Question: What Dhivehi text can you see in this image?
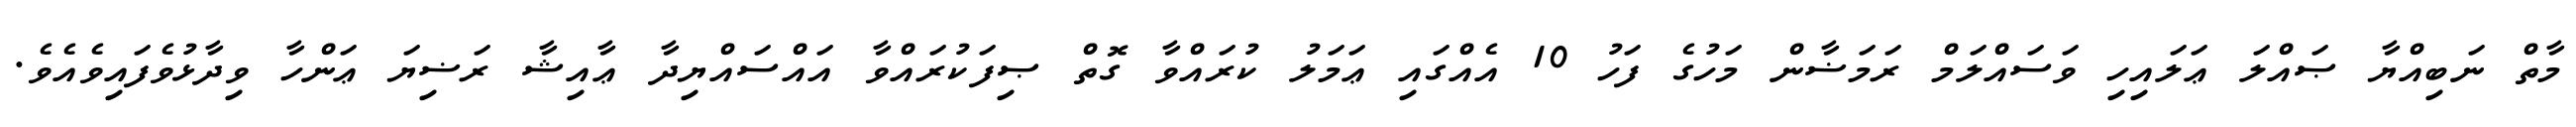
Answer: މާތް ނަބިއްޔާ ޞައްލަ ޢަލައިހި ވަސައްލަމް ރަމަޟާން މަހުގެ ފަހު 10 އެއްގައި ޢަމަލު ކުރައްވާ ގޮތް ޞިފަކުރައްވާ އައްސައްޔިދާ ޢާއިޝާ ރަޟިޔަ ޢަންހާ ވިދާޅުވެފައިވެއެވެ.